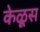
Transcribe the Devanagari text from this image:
केळूस